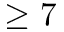
\geq 7